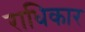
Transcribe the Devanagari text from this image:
राधिकार